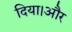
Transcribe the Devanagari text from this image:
दिया।और